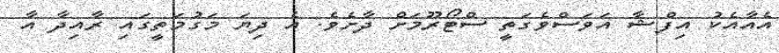
އެއާއެކު އިފްޝާ އަވަސްވެގަތީ ސްޓޯރޫމަށް ދާށެވެ. އެ ދިޔަ މަގުމަތީގައި ރާއިދާ އާ